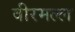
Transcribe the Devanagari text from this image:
वीरमल्ल